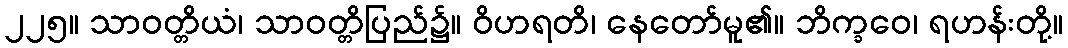
၂၂၅။ သာဝတ္တိယံ၊ သာဝတ္တိပြည်၌။ ဝိဟရတိ၊ နေတော်မူ၏။ ဘိက္ခဝေ၊ ရဟန်းတို့။